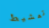
تمشيط